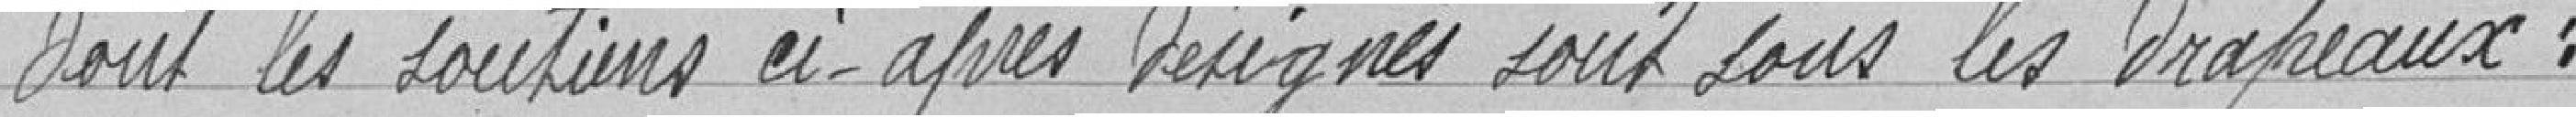
dont les soutiens ci-après sont sous les drapeaux :